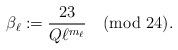
LaTeX: \begin{align*}\beta_{\ell}:=\frac{23}{Q\ell^{m_\ell}}\pmod{24}.\end{align*}